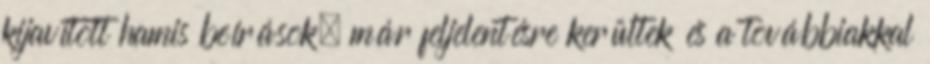
kijavított hamis beírások, már feljelentésre kerültek és a továbbiakkal